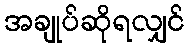
အချုပ်ဆိုရလျှင်